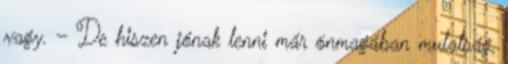
vagy. – De hiszen jónak lenni már önmagában mulatság,